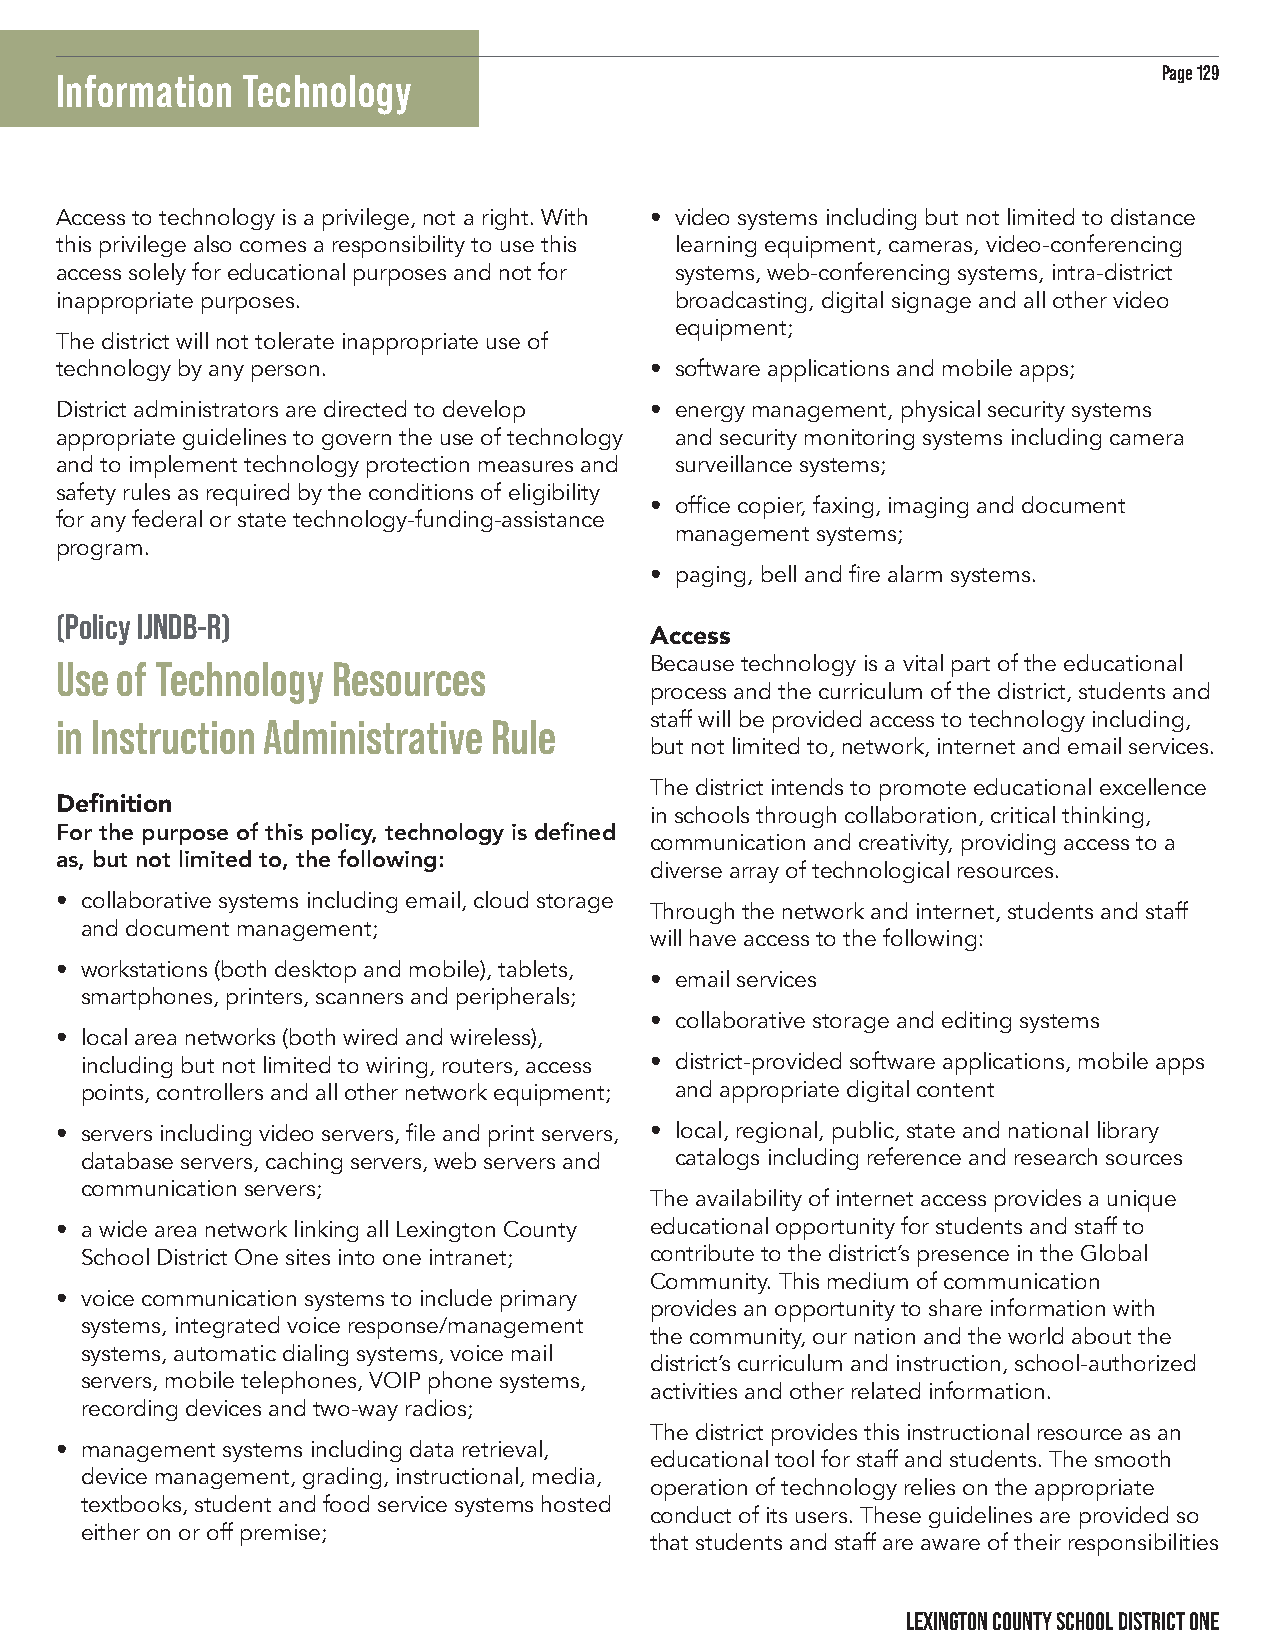
Page 129
 Information Technology
 Access to technology is a privilege, not a right. With • video systems including but not limited to distance
 this privilege also comes a responsibility to use this learning equipment, cameras, video-conferencing
 access solely for educational purposes and not for systems, web-conferencing systems, intra-district
 inappropriate purposes.                  broadcasting, digital signage and all other video
 equipment;
 The district will not tolerate inappropriate use of
 technology by any person.              • software applications and mobile apps;
 District administrators are directed to develop • energy management, physical security systems
 appropriate guidelines to govern the use of technology and security monitoring systems including camera
 and to implement technology protection measures and surveillance systems;
 safety rules as required by the conditions of eligibility
 • office copier, faxing, imaging and document
 for any federal or state technology-funding-assistance
 management systems;
 program.
 • paging, bell and fire alarm systems.
 (Policy IJNDB-R)
 Access
 Use of Technology Resources            Because technology is a vital part of the educational
 process and the curriculum of the district, students and
 in Instruction Administrative Rule     staff will be provided access to technology including,
 but not limited to, network, internet and email services.
 The district intends to promote educational excellence
 Definition
 in schools through collaboration, critical thinking,
 For the purpose of this policy, technology is defined
 communication and creativity, providing access to a
 as, but not limited to, the following:
 diverse array of technological resources.
 • collaborative systems including email, cloud storage
 Through the network and internet, students and staff
 and document management;
 will have access to the following:
 • workstations (both desktop and mobile), tablets,
 • email services
 smartphones, printers, scanners and peripherals;
 • collaborative storage and editing systems
 • local area networks (both wired and wireless),
 including but not limited to wiring, routers, access • district-provided software applications, mobile apps
 points, controllers and all other network equipment; and appropriate digital content
 • servers including video servers, file and print servers, • local, regional, public, state and national library
 database servers, caching servers, web servers and catalogs including reference and research sources
 communication servers;
 The availability of internet access provides a unique
 • a wide area network linking all Lexington County educational opportunity for students and staff to
 School District One sites into one intranet; contribute to the district’s presence in the Global
 Community. This medium of communication
 • voice communication systems to include primary
 provides an opportunity to share information with
 systems, integrated voice response/management
 the community, our nation and the world about the
 systems, automatic dialing systems, voice mail
 district’s curriculum and instruction, school-authorized
 servers, mobile telephones, VOIP phone systems,
 activities and other related information.
 recording devices and two-way radios;
 The district provides this instructional resource as an
 • management systems including data retrieval,
 educational tool for staff and students. The smooth
 device management, grading, instructional, media,
 operation of technology relies on the appropriate
 textbooks, student and food service systems hosted
 conduct of its users. These guidelines are provided so
 either on or off premise;
 that students and staff are aware of their responsibilities
 LEXINGTON COUNTY SCHOOL DISTRICT ONE